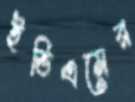
ইভিএমের